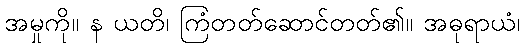
အမှုကို။ န ယတိ၊ ကြံတတ်ဆောင်တတ်၏။ အဓုရာယံ၊